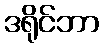
ဒရိုင်ဘာ